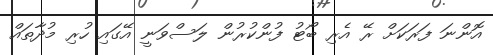
އޮންނަ ފަރަކަށް ރޭ އެރި ބޯޓު ފުންކުރުން ލަސްވަނީ އޭގައި ހުރި މުދާތައް